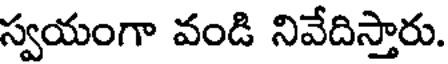
స్వయంగా వండి నివేదిస్తారు.